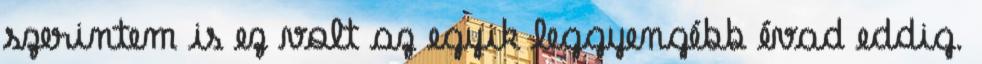
szerintem is ez volt az egyik leggyengébb évad eddig.